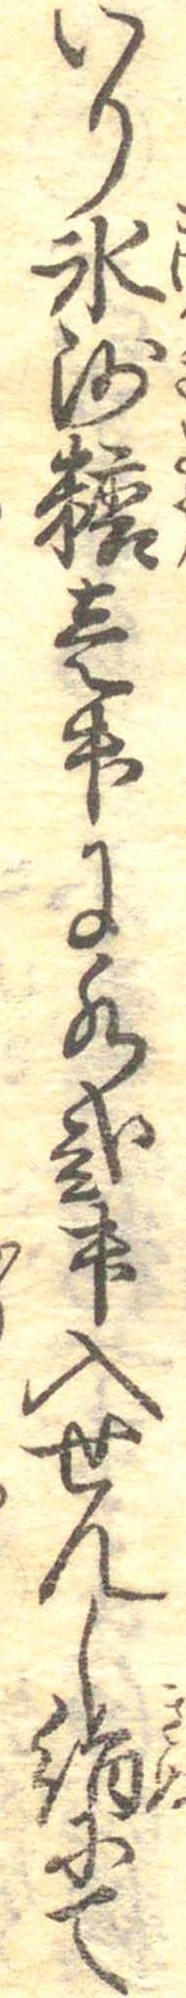
いり氷沙糖壱升に水弐升入せんし絹にて